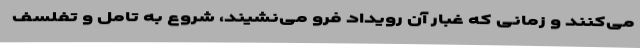
می‌کنند و زمانی که غبار آن رویداد فرو می‌نشیند، شروع به تامل و تفلسف